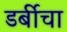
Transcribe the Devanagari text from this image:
डर्बीचा